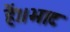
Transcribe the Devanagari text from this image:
हैं।।भाट